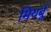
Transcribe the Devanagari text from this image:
मियर्बू